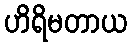
ဟိရိမတာယ